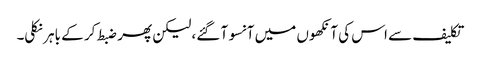
تکلیف سے اس کی آنکھوں میں آنسو آ گئے، لیکن پھر ضبط کر کے باہر نکلی۔